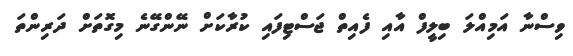
ވިސްނާ އަމިއްލަ ބިލީފް އާއި ފެއިތް ޖަސްޓިފައި ކުރާކަށް ނޭންގޭނެ މިގޮތަށް ދަރިންތަ